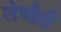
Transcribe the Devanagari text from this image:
लेणीही